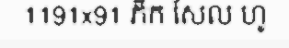
1191x91 ភីក សែល ហូ